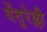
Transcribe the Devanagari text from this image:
वेंतुरेल्ली